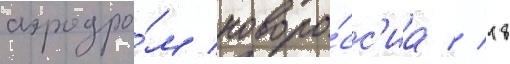
аэродро́м новоро́сс'иа // 18